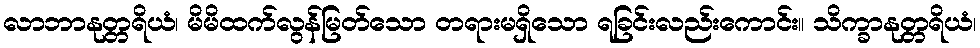
လာဘာနုတ္တရိယံ၊ မိမိထက်လွန်မြတ်သော တရားမရှိသော ရခြင်းလည်းကောင်း။ သိက္ခာနုတ္တရိယံ၊